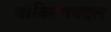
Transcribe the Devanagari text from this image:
बॉक्सिंगबद्दल